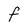
Character: F